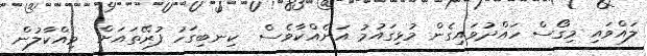
ލައްވައި މިގޯސް ހައްދުވައިގެން މުޅިގައުމު އަނެއްކާވެސް  ކިނބިގަހު ފުރޭތައަށް  ވިއްކާލުން